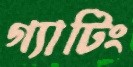
গ্যাটিং